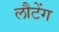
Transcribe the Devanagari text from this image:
लौटेंग